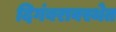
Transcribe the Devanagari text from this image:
दिगंबरावस्थेत